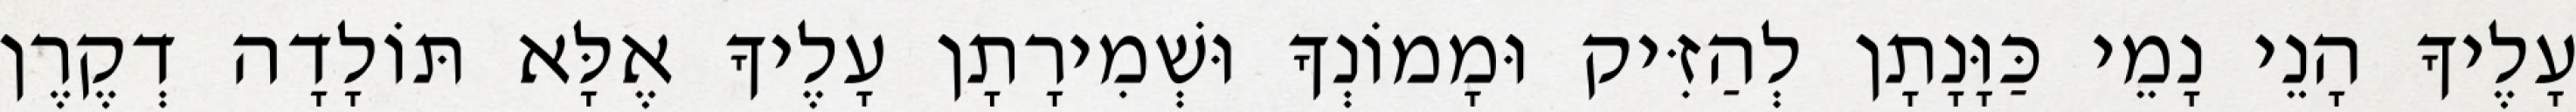
עָלֶיךָ הָנֵי נָמֵי כַּוָּנָתָן לְהַזִּיק וּמָמוֹנְךָ וּשְׁמִירָתָן עָלֶיךָ אֶלָּא תּוֹלָדָה דְקֶרֶן